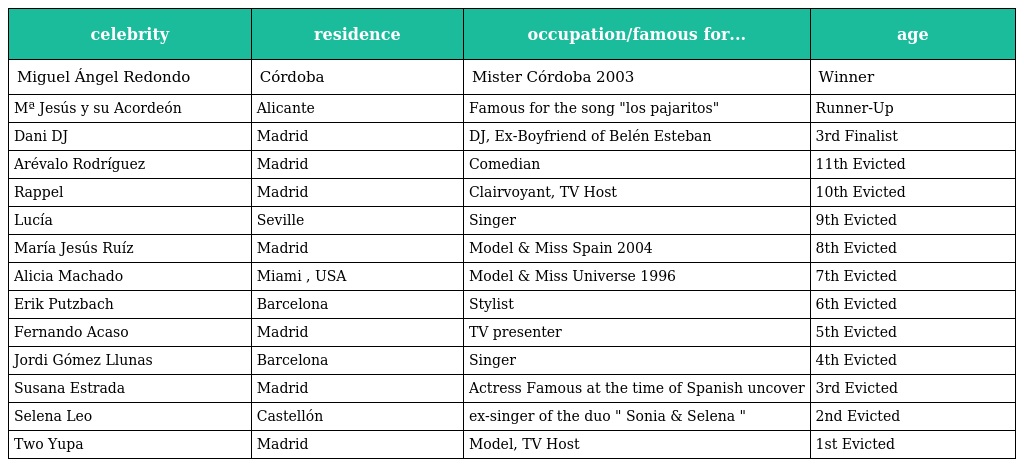
| celebrity | residence | occupation/famous for... | age |
 | --- | --- | --- | --- |
 | Miguel Ángel Redondo | Córdoba | Mister Córdoba 2003 | Winner |
 | Mª Jesús y su Acordeón | Alicante | Famous for the song "los pajaritos" | Runner-Up |
 | Dani DJ | Madrid | DJ, Ex-Boyfriend of Belén Esteban | 3rd Finalist |
 | Arévalo Rodríguez | Madrid | Comedian | 11th Evicted |
 | Rappel | Madrid | Clairvoyant, TV Host | 10th Evicted |
 | Lucía | Seville | Singer | 9th Evicted |
 | María Jesús Ruíz | Madrid | Model & Miss Spain 2004 | 8th Evicted |
 | Alicia Machado | Miami , USA | Model & Miss Universe 1996 | 7th Evicted |
 | Erik Putzbach | Barcelona | Stylist | 6th Evicted |
 | Fernando Acaso | Madrid | TV presenter | 5th Evicted |
 | Jordi Gómez Llunas | Barcelona | Singer | 4th Evicted |
 | Susana Estrada | Madrid | Actress Famous at the time of Spanish uncover | 3rd Evicted |
 | Selena Leo | Castellón | ex-singer of the duo " Sonia & Selena " | 2nd Evicted |
 | Two Yupa | Madrid | Model, TV Host | 1st Evicted |